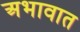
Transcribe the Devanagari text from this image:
अभावात